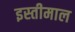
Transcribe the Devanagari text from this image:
इस्तीमाल